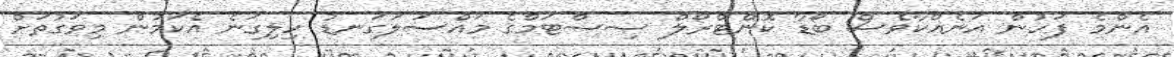
އެންމެ ފަހުން އަނެއްކާވެސް ބޯޑާ ކޮންޓްރޯލް ސިސްޓަމްގެ މައްސަލަގަނޑު ހިލިގަނެ އެކަމުން މިވަގުތަށް